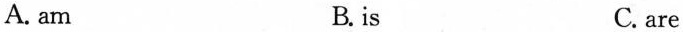
A. am B.is C. are